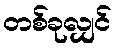
တစ်ခုလျှင်